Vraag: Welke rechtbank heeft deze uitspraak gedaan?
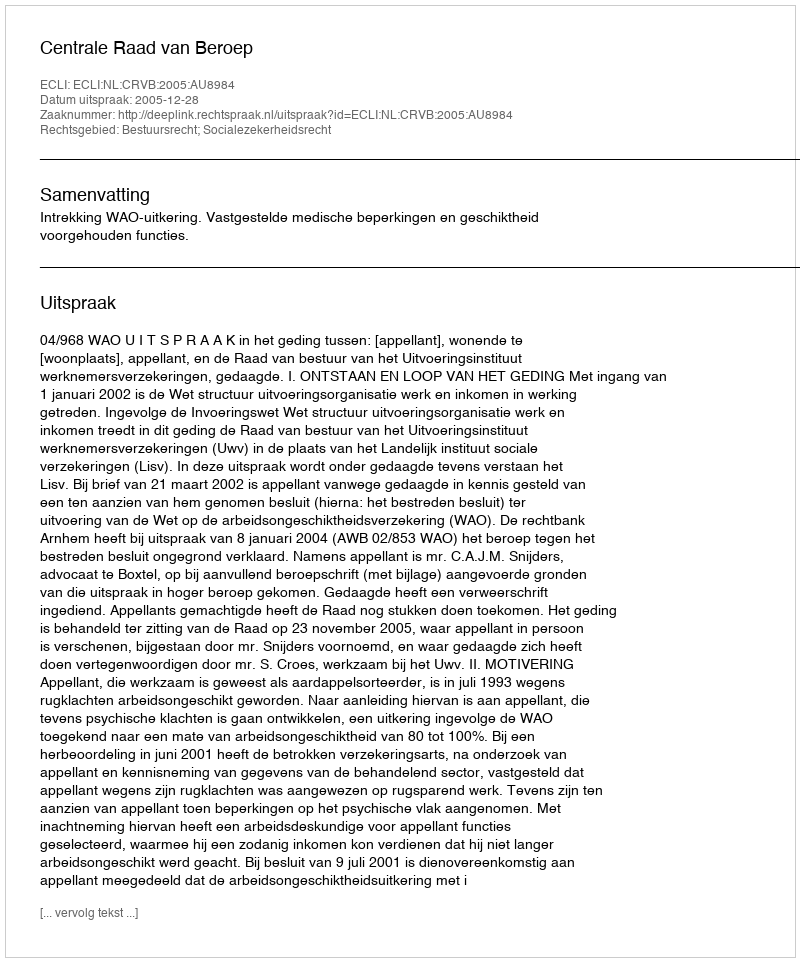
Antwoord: Centrale Raad van Beroep